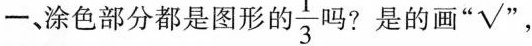
一、涂色部分都是图形 \frac{1}{3} 吗？是的画”√”，